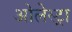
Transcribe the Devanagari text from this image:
ओलेस्ट्रा